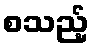
စသည့်